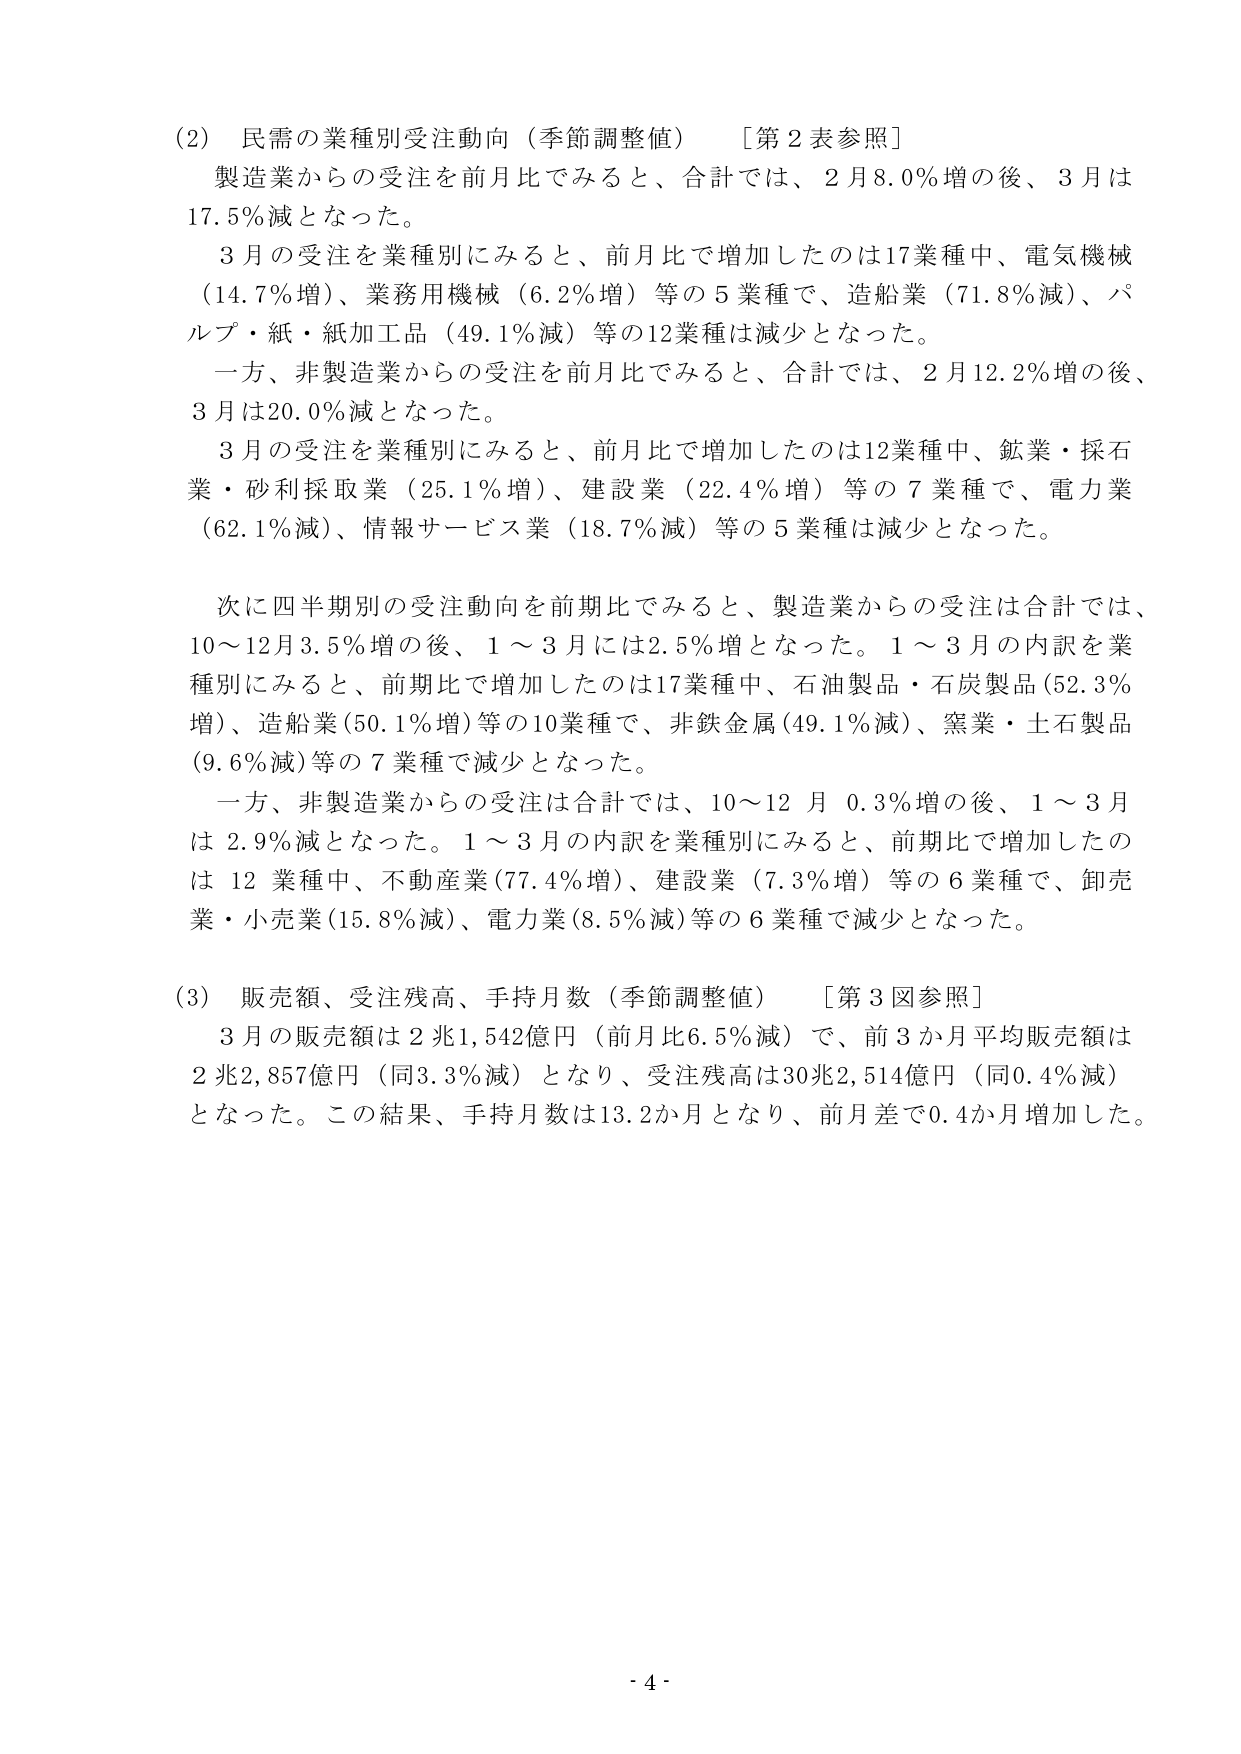
(2) 民需の業種別受注動向（季節調整値）　［第2表参照］
製造業からの受注を前月比でみると、合計では、2月8.0％増の後、3月は17.5％減となった。
3月の受注を業種別にみると、前月比で増加したのは17業種中、電気機械（14.7％増）、業務用機械（6.2％増）等の5業種で、造船業（71.8％減）、パルプ・紙・紙加工品（49.1％減）等の12業種は減少となった。
一方、非製造業からの受注を前月比でみると、合計では、2月12.2％増の後、3月は20.0％減となった。
3月の受注を業種別にみると、前月比で増加したのは12業種中、鉱業・採石業・砂利採取業（25.1％増）、建設業（22.4％増）等の7業種で、電力業（62.1％減）、情報サービス業（18.7％減）等の5業種は減少となった。

次に四半期別の受注動向を前期比でみると、製造業からの受注は合計では、10～12月3.5％増の後、1～3月には2.5％増となった。1～3月の内訳を業種別にみると、前期比で増加したのは17業種中、石油製品・石炭製品（52.3％増）、造船業（50.1％増）等の10業種で、非鉄金属（49.1％減）、窯業・土石製品（9.6％減）等の7業種で減少となった。
一方、非製造業からの受注は合計では、10～12月0.3％増の後、1～3月は2.9％減となった。1～3月の内訳を業種別にみると、前期比で増加したのは12業種中、不動産業（77.4％増）、建設業（7.3％増）等の6業種で、卸売業・小売業（15.8％減）、電力業（8.5％減）等の6業種で減少となった。

(3) 販売額、受注残高、手持月数（季節調整値）　［第3図参照］
3月の販売額は2兆1,542億円（前月比6.5％減）で、前3か月平均販売額は2兆2,857億円（同3.3％減）となり、受注残高は30兆2,514億円（同0.4％減）となった。この結果、手持月数は13.2か月となり、前月差で0.4か月増加した。

- 4 -